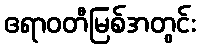
ဧရာဝတီမြစ်အတွင်း